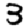
Digit: 3